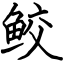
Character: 鲛